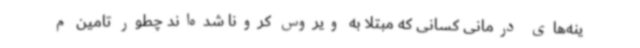
ینه‌های درمانی کسانی که مبتلا به ویروس کرونا شده‌اند چطور تامین م